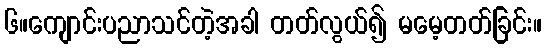
၆။ကျောင်းပညာသင်တဲ့အခါ တတ်လွယ်၍ မမေ့တတ်ခြင်း။